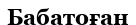
Бабатоған